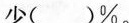
少( )\%。